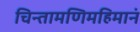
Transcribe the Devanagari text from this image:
चिन्तामणिमहिमानं